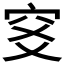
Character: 𥤹